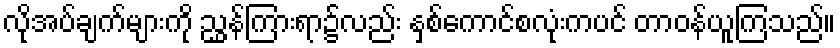
လိုအပ်ချက်များကို ညွှန်ကြားရာ၌လည်း နှစ်ကောင်စလုံးကပင် တာဝန်ယူကြသည်။